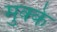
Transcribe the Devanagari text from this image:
मुक्‍के